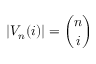
| V _ { n } ( i ) | = { \binom { n } { i } }